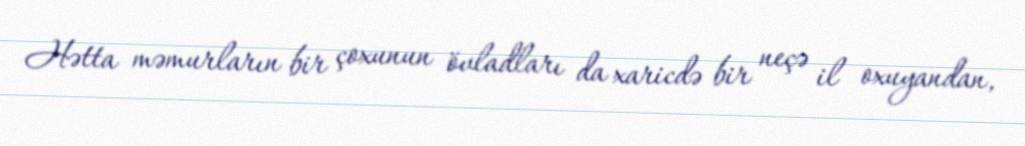
Hətta məmurların bir çoxunun övladları da xaricdə bir neçə il oxuyandan,